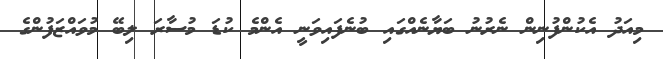
މިއަދު އެކުންފުނިން ނެރުނު ބަޔާނެއްގައި ބުނެފައިވަނީ އެންމެ ކުޑަ މުސާރަ ލިބޭ މުވައްޒަފުންގެ